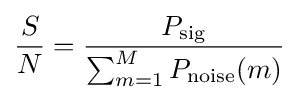
{\frac {S}{N}}={\frac {P_{\text{sig}}}{\sum _{m=1}^{M}P_{\text{noise}}(m)}}